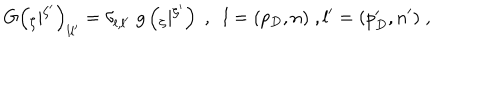
LaTeX: G \left( { } _ { \zeta } | { } ^ { \zeta ^ { \prime } } \right) _ { l l ^ { \prime } } = \delta _ { l , l ^ { \prime } } \; g \left( { } _ { \zeta } | { } ^ { \zeta ^ { \prime } } \right) \; , \; \; l = ( p _ { D } , n ) \; , l ^ { \prime } = ( p _ { D } ^ { \prime } , n ^ { \prime } ) \; ,